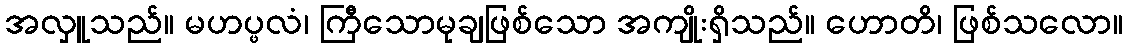
အလှူသည်။ မဟပ္ဖလံ၊ ကြီသောမုချဖြစ်သော အကျိုးရှိသည်။ ဟောတိ၊ ဖြစ်သလော။